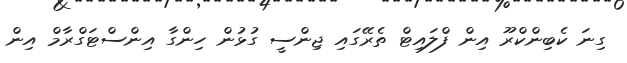
ގިނަ ކެބިންކްރޫ އިން ފްލައިޓް ތެރޭގައި ޖިންސީ ގުޅުން ހިންގާ އިންސްޓަގްރާމް އިން